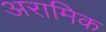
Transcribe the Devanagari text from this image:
अरामिक